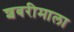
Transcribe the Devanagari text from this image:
शबरीमाला